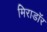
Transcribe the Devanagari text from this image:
मिराडॉर